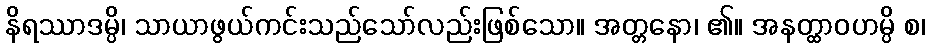
နိရဿာဒမ္ပိ၊ သာယာဖွယ်ကင်းသည်သော်လည်းဖြစ်သော။ အတ္တနော၊ ၏။ အနတ္ထာဝဟမ္ပိ စ၊